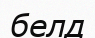
белд